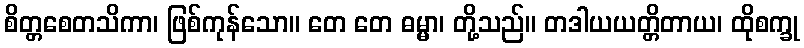
စိတ္တစေတသိကာ၊ ဖြစ်ကုန်သော။ တေ တေ ဓမ္မာ၊ တို့သည်။ တဒါယယတ္တိတာယ၊ ထိုစက္ခု